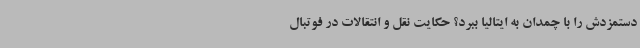
دستمزدش را با چمدان به ایتالیا ببرد؟ حکایت نقل و انتقالات در فوتبال